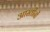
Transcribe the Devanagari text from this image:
आस्तीनों